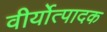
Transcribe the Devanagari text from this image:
वीर्योत्पादक